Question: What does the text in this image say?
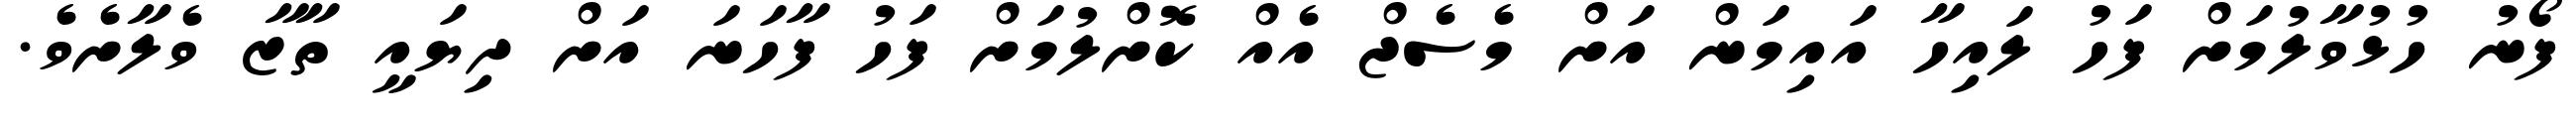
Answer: ފޯނު ހުޅުވާލުމަށް ފަހު ލައިހާ އައިމަން އަށް މެސެޖް އެއް ކޮށްލުމަށް ފަހު ފާހަނަ އަށް ދިޔައީ ތާޒާ ވެލާށެވެ.